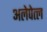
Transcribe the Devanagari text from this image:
अलेपेत्ल